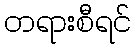
တရားစီရင်